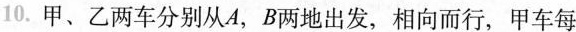
10.甲、乙两车分别从A，B两地出发，相向而行，甲车每